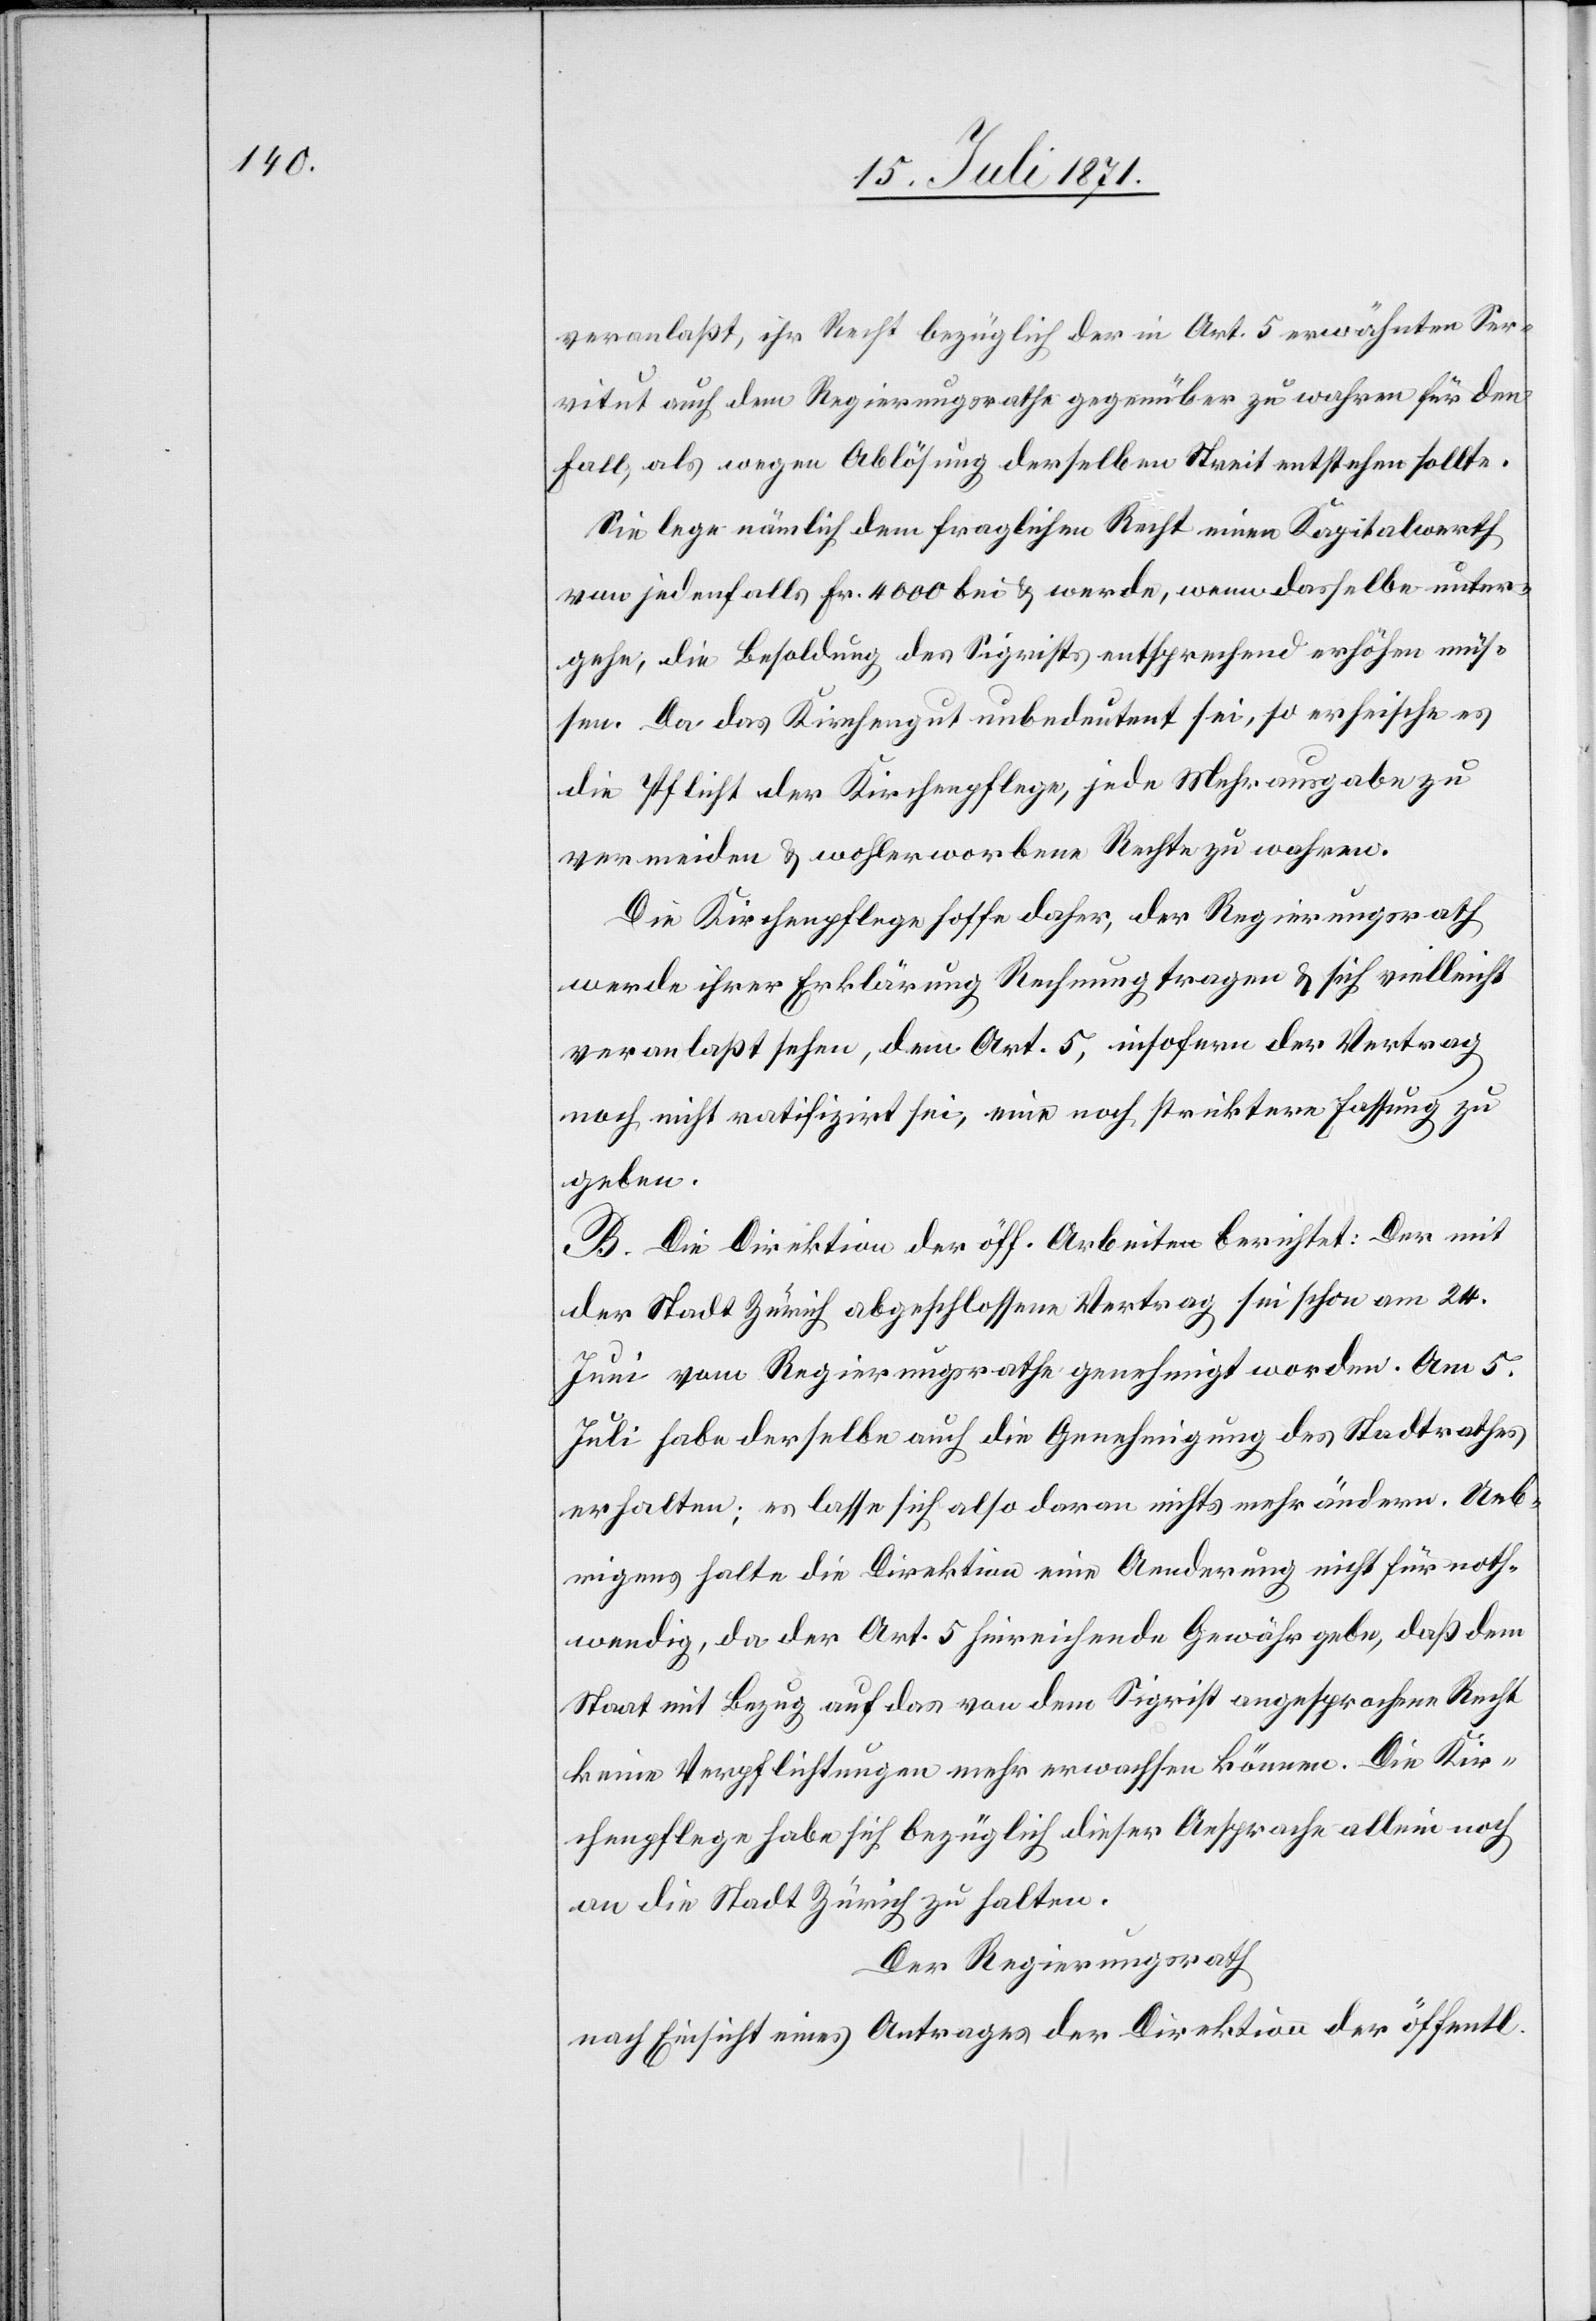
veranlaßt, ihr Recht bezüglich der in Art. 5 erwähnten Ser¬
vitut auch dem Regierungsrathe gegenüber zu wahren für den
Fall, als wegen Ablösung derselben Streit entstehen sollte.
Sie lege nämlich dem fraglichen Recht einen Kapitalwerth
von jedenfalls Fr. 4000 bei u. werde, wenn dasselbe unter¬
gehe, die Besoldung des Sigrists entsprechend erhöhen müs¬
sen. Da das Kirchengut unbedeutent [sic!] sei, so erheische es
die Pflicht der Kirchenpflege, jede Mehrausgabe zu
vermeiden u. wohlerworbene Rechte zu wahren.
Die Kirchenpflege hoffe daher, der Regierungsrath
werde ihrer Erklärung Rechnung tragen u. sich vielleicht
veranlaßt sehen, dem Art. 5, insofern der Vertrag
noch nicht ratifizirt sei, eine noch striktere Fassung zu
geben.
B. Die Direktion der öff. Arbeiten berichtet: Der mit
der Stadt Zürich abgeschlossene Vertrag sei schon am 24.
Juni vom Regierungsrathe genehmigt worden. Am 5.
Juli habe derselbe auch die Genehmigung des Stadtrathes
erhalten; es lasse sich also daran nichts mehr ändern. Ueb¬
rigens halte die Direktion eine Aenderung nicht für noth¬
wendig, da der Art. 5 hinreichende Gewähr gebe, daß dem
Staat mit Bezug auf das von dem Sigrist angesprochene Recht
keine Verpflichtungen mehr erwachsen können. Die Kir¬
chenpflege habe sich bezüglich dieser Ansprache allein noch
an die Stadt Zürich zu halten.
Der Regierungsrath
nach Einsicht eines Antrages der Direktion der öffentl.